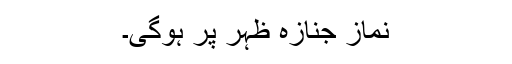
نماز جنازہ ظہر پر ہوگی۔